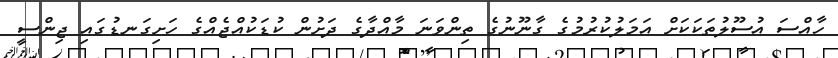
ހާއްސަ އުސޫލުތަކަކަށް އަމަލުކުރުމުގެ ގާނޫނުގެ ތިންވަނަ މާއްދާގެ ދަށުން ކުޑަކުއްޖެއްގެ ހަށިގަނޑުގައި ޖިންސީ